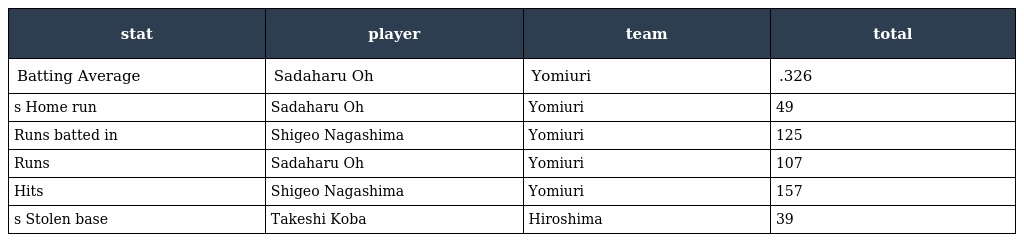
| stat | player | team | total |
 | --- | --- | --- | --- |
 | Batting Average | Sadaharu Oh | Yomiuri | .326 |
 | s Home run | Sadaharu Oh | Yomiuri | 49 |
 | Runs batted in | Shigeo Nagashima | Yomiuri | 125 |
 | Runs | Sadaharu Oh | Yomiuri | 107 |
 | Hits | Shigeo Nagashima | Yomiuri | 157 |
 | s Stolen base | Takeshi Koba | Hiroshima | 39 |